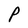
Character: P